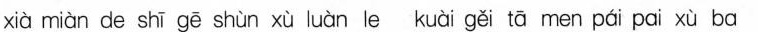
xi\grave{a} mi\grave{a}n de sh\bar{i} g\bar{e} sh\grave{u}n x\grave{u} lu\grave{a}n le ku\grave{a}i g\breve{e} i t \bar{a} men p\acute{a}i pai x \grave{u}ba